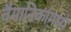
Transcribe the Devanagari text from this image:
वैमानिकांमध्ये